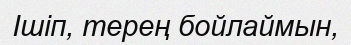
Ішіп, терең бойлаймын,